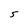
Character: 5